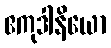
ဧကုဒါနိယော